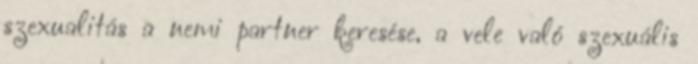
szexualitás a nemi partner keresése, a vele való szexuális